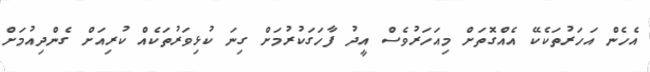
އެހެން އަހަރުތަކެކޭ އެއްގޮތަށް މިއަހަރުވެސް އީދު ފާހަަގަކުރުމަށް ގިނަ ކުޅިވަރުތަކެއް ކުރިއަށް ގެންދިއުމަށް